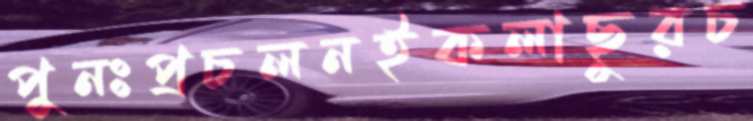
পুনঃপ্রচলনইকলাছুরচ